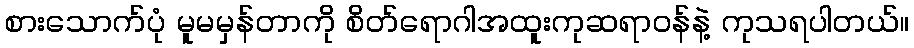
စားသောက်ပုံ မူမမှန်တာကို စိတ်ရောဂါအထူးကုဆရာဝန်နဲ့ ကုသရပါတယ်။